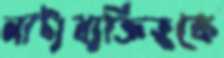
নাট্যব্যক্তিত্বকে